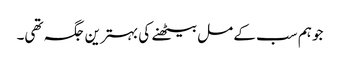
جو ہم سب کے مل بیٹھنے کی بہترین جگہ تھی۔